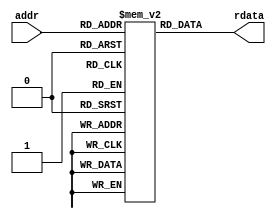
`timescale 1ns / 1ps
/**
 * @module ins_mem.v
 * @brief instruction cache memory (ROM)
 * @param DATA_WIDTH data width
 * @param BUS_WIDTH bus width
 * @param CODE_FILE MIPS assembly hexdecimal code file
 * @input addr memory address
 * @output rdata instruction read out from memory
 */
 module ins_mem
 #(parameter DATA_WIDTH = 32, BUS_WIDTH = 10, CODE_FILE= "D:/benchmark.hex")
 (
 	input [BUS_WIDTH-1:0] addr,
 	output [DATA_WIDTH-1:0] rdata
 );

 	reg [DATA_WIDTH-1:0] ROM [0:(2**BUS_WIDTH)-1];

 	initial begin
 	ROM[0] = 32'h20110001;
     ROM[1] = 32'h08000c05;
     ROM[2] = 32'h20110001;
     ROM[3] = 32'h20120002;
     ROM[4] = 32'h20130003;
     ROM[5] = 32'h08000c09;
     ROM[6] = 32'h20110001;
     ROM[7] = 32'h20120002;
     ROM[8] = 32'h20130003;
     ROM[9] = 32'h08000c0d;
     ROM[10] = 32'h20110001;
     ROM[11] = 32'h20120002;
     ROM[12] = 32'h20130003;
     ROM[13] = 32'h08000c11;
     ROM[14] = 32'h20110001;
     ROM[15] = 32'h20120002;
     ROM[16] = 32'h20130003;
     ROM[17] = 32'h0c000cb8;
     ROM[18] = 32'h20100001;
     ROM[19] = 32'h20110001;
     ROM[20] = 32'h00118fc0;
     ROM[21] = 32'h00112020;
     ROM[22] = 32'h20020022;
     ROM[23] = 32'h0000000c;
     ROM[24] = 32'h00118882;
     ROM[25] = 32'h12200001;
     ROM[26] = 32'h08000c15;
     ROM[27] = 32'h00112020;
     ROM[28] = 32'h20020022;
     ROM[29] = 32'h0000000c;
     ROM[30] = 32'h20110001;
     ROM[31] = 32'h00118880;
     ROM[32] = 32'h00112020;
     ROM[33] = 32'h20020022;
     ROM[34] = 32'h0000000c;
     ROM[35] = 32'h12200001;
     ROM[36] = 32'h08000c1f;
     ROM[37] = 32'h20110001;
     ROM[38] = 32'h00118fc0;
     ROM[39] = 32'h00112020;
     ROM[40] = 32'h20020022;
     ROM[41] = 32'h0000000c;
     ROM[42] = 32'h001188c3;
     ROM[43] = 32'h00112020;
     ROM[44] = 32'h20020022;
     ROM[45] = 32'h0000000c;
     ROM[46] = 32'h00118903;
     ROM[47] = 32'h00112020;
     ROM[48] = 32'h20020022;
     ROM[49] = 32'h0000000c;
     ROM[50] = 32'h00118903;
     ROM[51] = 32'h00112020;
     ROM[52] = 32'h20020022;
     ROM[53] = 32'h0000000c;
     ROM[54] = 32'h00118903;
     ROM[55] = 32'h00112020;
     ROM[56] = 32'h20020022;
     ROM[57] = 32'h0000000c;
     ROM[58] = 32'h00118903;
     ROM[59] = 32'h00112020;
     ROM[60] = 32'h20020022;
     ROM[61] = 32'h0000000c;
     ROM[62] = 32'h00118903;
     ROM[63] = 32'h00112020;
     ROM[64] = 32'h20020022;
     ROM[65] = 32'h0000000c;
     ROM[66] = 32'h00118903;
     ROM[67] = 32'h00112020;
     ROM[68] = 32'h20020022;
     ROM[69] = 32'h0000000c;
     ROM[70] = 32'h00118903;
     ROM[71] = 32'h00112020;
     ROM[72] = 32'h20020022;
     ROM[73] = 32'h0000000c;
     ROM[74] = 32'h20100001;
     ROM[75] = 32'h00109fc0;
     ROM[76] = 32'h00139fc3;
     ROM[77] = 32'h00008021;
     ROM[78] = 32'h2012000c;
     ROM[79] = 32'h24160003;
     ROM[80] = 32'h26100001;
     ROM[81] = 32'h3210000f;
     ROM[82] = 32'h20080008;
     ROM[83] = 32'h20090001;
     ROM[84] = 32'h00139900;
     ROM[85] = 32'h02709825;
     ROM[86] = 32'h00132020;
     ROM[87] = 32'h20020022;
     ROM[88] = 32'h0000000c;
     ROM[89] = 32'h01094022;
     ROM[90] = 32'h1500fff9;
     ROM[91] = 32'h22100001;
     ROM[92] = 32'h2018000f;
     ROM[93] = 32'h02188024;
     ROM[94] = 32'h00108700;
     ROM[95] = 32'h20080008;
     ROM[96] = 32'h20090001;
     ROM[97] = 32'h00139902;
     ROM[98] = 32'h02709825;
     ROM[99] = 32'h00132021;
     ROM[100] = 32'h20020022;
     ROM[101] = 32'h0000000c;
     ROM[102] = 32'h01094022;
     ROM[103] = 32'h1500fff9;
     ROM[104] = 32'h00108702;
     ROM[105] = 32'h02c9b022;
     ROM[106] = 32'h12c00001;
     ROM[107] = 32'h08000c50;
     ROM[108] = 32'h00004020;
     ROM[109] = 32'h01084027;
     ROM[110] = 32'h00084400;
     ROM[111] = 32'h3508ffff;
     ROM[112] = 32'h00082021;
     ROM[113] = 32'h20020022;
     ROM[114] = 32'h0000000c;
     ROM[115] = 32'h2010ffff;
     ROM[116] = 32'h20110000;
     ROM[117] = 32'hae300000;
     ROM[118] = 32'h22100001;
     ROM[119] = 32'h22310004;
     ROM[120] = 32'hae300000;
     ROM[121] = 32'h22100001;
     ROM[122] = 32'h22310004;
     ROM[123] = 32'hae300000;
     ROM[124] = 32'h22100001;
     ROM[125] = 32'h22310004;
     ROM[126] = 32'hae300000;
     ROM[127] = 32'h22100001;
     ROM[128] = 32'h22310004;
     ROM[129] = 32'hae300000;
     ROM[130] = 32'h22100001;
     ROM[131] = 32'h22310004;
     ROM[132] = 32'hae300000;
     ROM[133] = 32'h22100001;
     ROM[134] = 32'h22310004;
     ROM[135] = 32'hae300000;
     ROM[136] = 32'h22100001;
     ROM[137] = 32'h22310004;
     ROM[138] = 32'hae300000;
     ROM[139] = 32'h22100001;
     ROM[140] = 32'h22310004;
     ROM[141] = 32'hae300000;
     ROM[142] = 32'h22100001;
     ROM[143] = 32'h22310004;
     ROM[144] = 32'hae300000;
     ROM[145] = 32'h22100001;
     ROM[146] = 32'h22310004;
     ROM[147] = 32'hae300000;
     ROM[148] = 32'h22100001;
     ROM[149] = 32'h22310004;
     ROM[150] = 32'hae300000;
     ROM[151] = 32'h22100001;
     ROM[152] = 32'h22310004;
     ROM[153] = 32'hae300000;
     ROM[154] = 32'h22100001;
     ROM[155] = 32'h22310004;
     ROM[156] = 32'hae300000;
     ROM[157] = 32'h22100001;
     ROM[158] = 32'h22310004;
     ROM[159] = 32'hae300000;
     ROM[160] = 32'h22100001;
     ROM[161] = 32'h22310004;
     ROM[162] = 32'hae300000;
     ROM[163] = 32'h22100001;
     ROM[164] = 32'h22310004;
     ROM[165] = 32'h22100001;
     ROM[166] = 32'h00008020;
     ROM[167] = 32'h2011003c;
     ROM[168] = 32'h8e130000;
     ROM[169] = 32'h8e340000;
     ROM[170] = 32'h0274402a;
     ROM[171] = 32'h11000002;
     ROM[172] = 32'hae330000;
     ROM[173] = 32'hae140000;
     ROM[174] = 32'h2231fffc;
     ROM[175] = 32'h1611fff8;
     ROM[176] = 32'h00102020;
     ROM[177] = 32'h20020022;
     ROM[178] = 32'h0000000c;
     ROM[179] = 32'h22100004;
     ROM[180] = 32'h2011003c;
     ROM[181] = 32'h1611fff2;
     ROM[182] = 32'h2002000a;
     ROM[183] = 32'h0000000c;
     ROM[184] = 32'h20100000;
     ROM[185] = 32'h22100001;
     ROM[186] = 32'h00102020;
     ROM[187] = 32'h20020022;
     ROM[188] = 32'h0000000c;
     ROM[189] = 32'h22100002;
     ROM[190] = 32'h00102020;
     ROM[191] = 32'h20020022;
     ROM[192] = 32'h0000000c;
     ROM[193] = 32'h22100003;
     ROM[194] = 32'h00102020;
     ROM[195] = 32'h20020022;
     ROM[196] = 32'h0000000c;
     ROM[197] = 32'h22100004;
     ROM[198] = 32'h00102020;
     ROM[199] = 32'h20020022;
     ROM[200] = 32'h0000000c;
     ROM[201] = 32'h22100005;
     ROM[202] = 32'h00102020;
     ROM[203] = 32'h20020022;
     ROM[204] = 32'h0000000c;
     ROM[205] = 32'h22100006;
     ROM[206] = 32'h00102020;
     ROM[207] = 32'h20020022;
     ROM[208] = 32'h0000000c;
     ROM[209] = 32'h22100007;
     ROM[210] = 32'h00102020;
     ROM[211] = 32'h20020022;
     ROM[212] = 32'h0000000c;
     ROM[213] = 32'h22100008;
     ROM[214] = 32'h00102020;
     ROM[215] = 32'h20020022;
     ROM[216] = 32'h20020022;
     ROM[217] = 32'h0000000c;
     ROM[218] = 32'h03e00008;
 	end
 	assign rdata = ROM[addr];
 endmodule